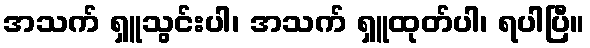
အသက် ရှူသွင်းပါ၊ အသက် ရှူထုတ်ပါ၊ ရပါပြီ။